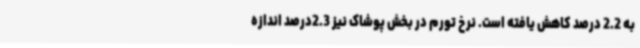
به 2.2 درصد کاهش یافته است. نرخ تورم در بخش پوشاک نیز 2.3درصد اندازه